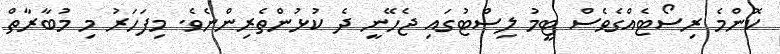
ކޮންމެ ރިސޯޓެއްގެވެސް ޓީމު ލިސްޓުގައި ޖެހޭނީ ދެ ކުޅުންތެރިންނެވެ. މިފަހަރު މި މުބާރާތް